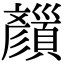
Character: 𩕝